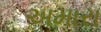
અમારા